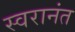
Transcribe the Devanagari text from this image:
स्वरानंत